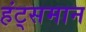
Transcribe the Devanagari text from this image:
हंट्समान